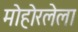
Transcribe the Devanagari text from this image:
मोहोरलेला